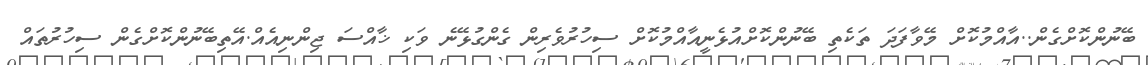
ބޭނުންކޮށްގެން..އާއްމުކޮށް މޭވާފަދަ ތަކެތި ބޭނުންކޮށްއުޅެނީއާއްމުކޮށް ސިހުރުވެރިން ގެންގުޅޭނެ ވަކި ޚާއްސަ ޖިންނިއެއް.އޭތިބޭނުންކޮށްގެން ސިހުރުތައް